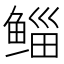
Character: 鲻